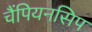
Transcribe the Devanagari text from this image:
चैंपियनसिप